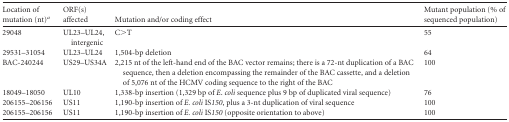
<table><thead><tr><td><b>Location of mutation (nt)<sup><i>a</i></sup></b></td><td><b>ORF(s) affected</b></td><td><b>Mutation and/or coding effect</b></td><td><b>Mutant population (% of sequenced population)</b></td></tr></thead><tbody><tr><td>29048</td><td>UL23–UL24, intergenic</td><td>C&gt;T</td><td>55</td></tr><tr><td>29531–31054</td><td>UL23–UL24</td><td>1,504-bp deletion</td><td>64</td></tr><tr><td>BAC-240244</td><td>US29–US34A</td><td>2,215 nt of the left-hand end of the BAC vector remains; there is a 72-nt duplication of a BAC sequence, then a deletion encompassing the remainder of the BAC cassette, and a deletion of 5,076 nt of the HCMV coding sequence to the right of the BAC</td><td>100</td></tr><tr><td>18049–18050</td><td>UL10</td><td>1,338-bp insertion (1,329 bp of <i>E</i>. coli sequence plus 9 bp of duplicated viral sequence)</td><td>76</td></tr><tr><td>206155–206156</td><td>US11</td><td>1,190-bp insertion of E. coli IS<i>150</i>, plus a 3-nt duplication of viral sequence</td><td>100</td></tr><tr><td>206155–206156</td><td>US11</td><td>1,190-bp insertion of E. coli IS<i>150</i> (opposite orientation to above)</td><td>100</td></tr></tbody></table>